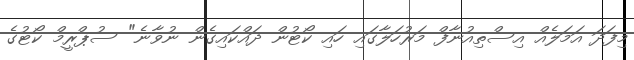
މިފަދަ އަމަލެއް އިސްތިއުނާފް މަރުހަލާގައި ހައި ކޯޓުން ދައްކައިގެން ނުވާނެ" ސުޕްރީމް ކޯޓުގެ